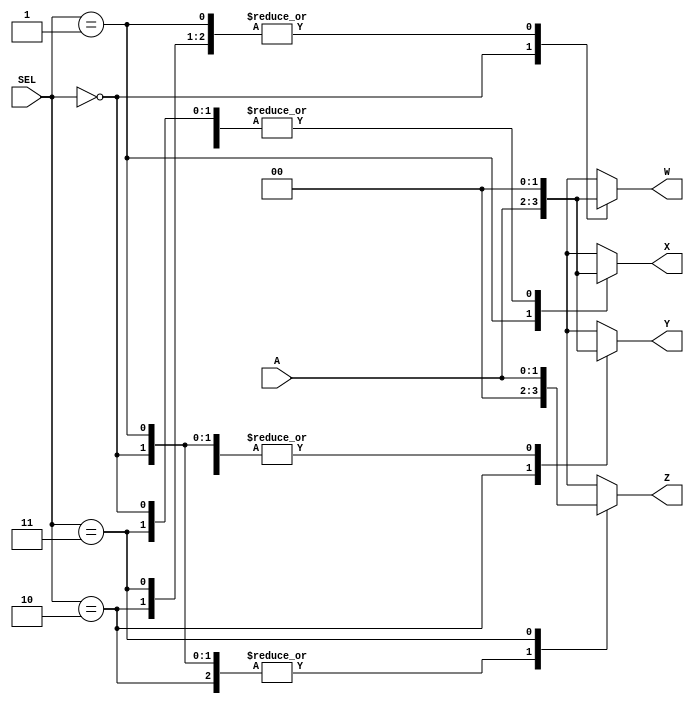
`timescale 1ns / 1ps
//////////////////////////////////////////////////////////////////////////////////
// Company: 
// Engineer: 
// 
// Design Name: 
// Module Name: demultiplexer
// Project Name: 
// Target Devices: 
// Tool Versions: 
// Description: 
// 
// Dependencies: 
// 
// Revision:
// Revision 0.01 - File Created
// Additional Comments:
// 
//////////////////////////////////////////////////////////////////////////////////

//!DO NOT MODIFY MODULE NAME AND PORT NAME!
module demultiplexer(
    input [1:0]A,
    input [1:0]SEL,
    output reg [1:0]W,
    output reg [1:0]X,
    output reg [1:0]Y,
    output reg [1:0]Z
    );
    
always @(A or SEL)begin
    case(SEL)
        2'b00: begin
            W <= A;
            X <= 2'b00;
            Y <= 2'b00;
            Z <= 2'b00;
        end
        2'b01: begin
            W <= 2'b00;
            X <= A;
            Y <= 2'b00;
            Z <= 2'b00;
        end
        2'b10: begin
            W <= 2'b00;
            X <= 2'b00;
            Y <= A;
            Z <= 2'b00;
        end
        2'b11: begin
            W <= 2'b00;
            X <= 2'b00;
            Y <= 2'b00;
            Z <= A;
        end
        default: begin
            W <= 2'b01;
            X <= 2'b01;
            Y <= 2'b01;
            Z <= 2'b01;
        end
    endcase
end

endmodule